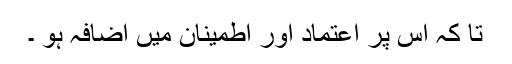
تا کہ اس پر اعتماد اور اطمینان میں اضافہ ہو ۔